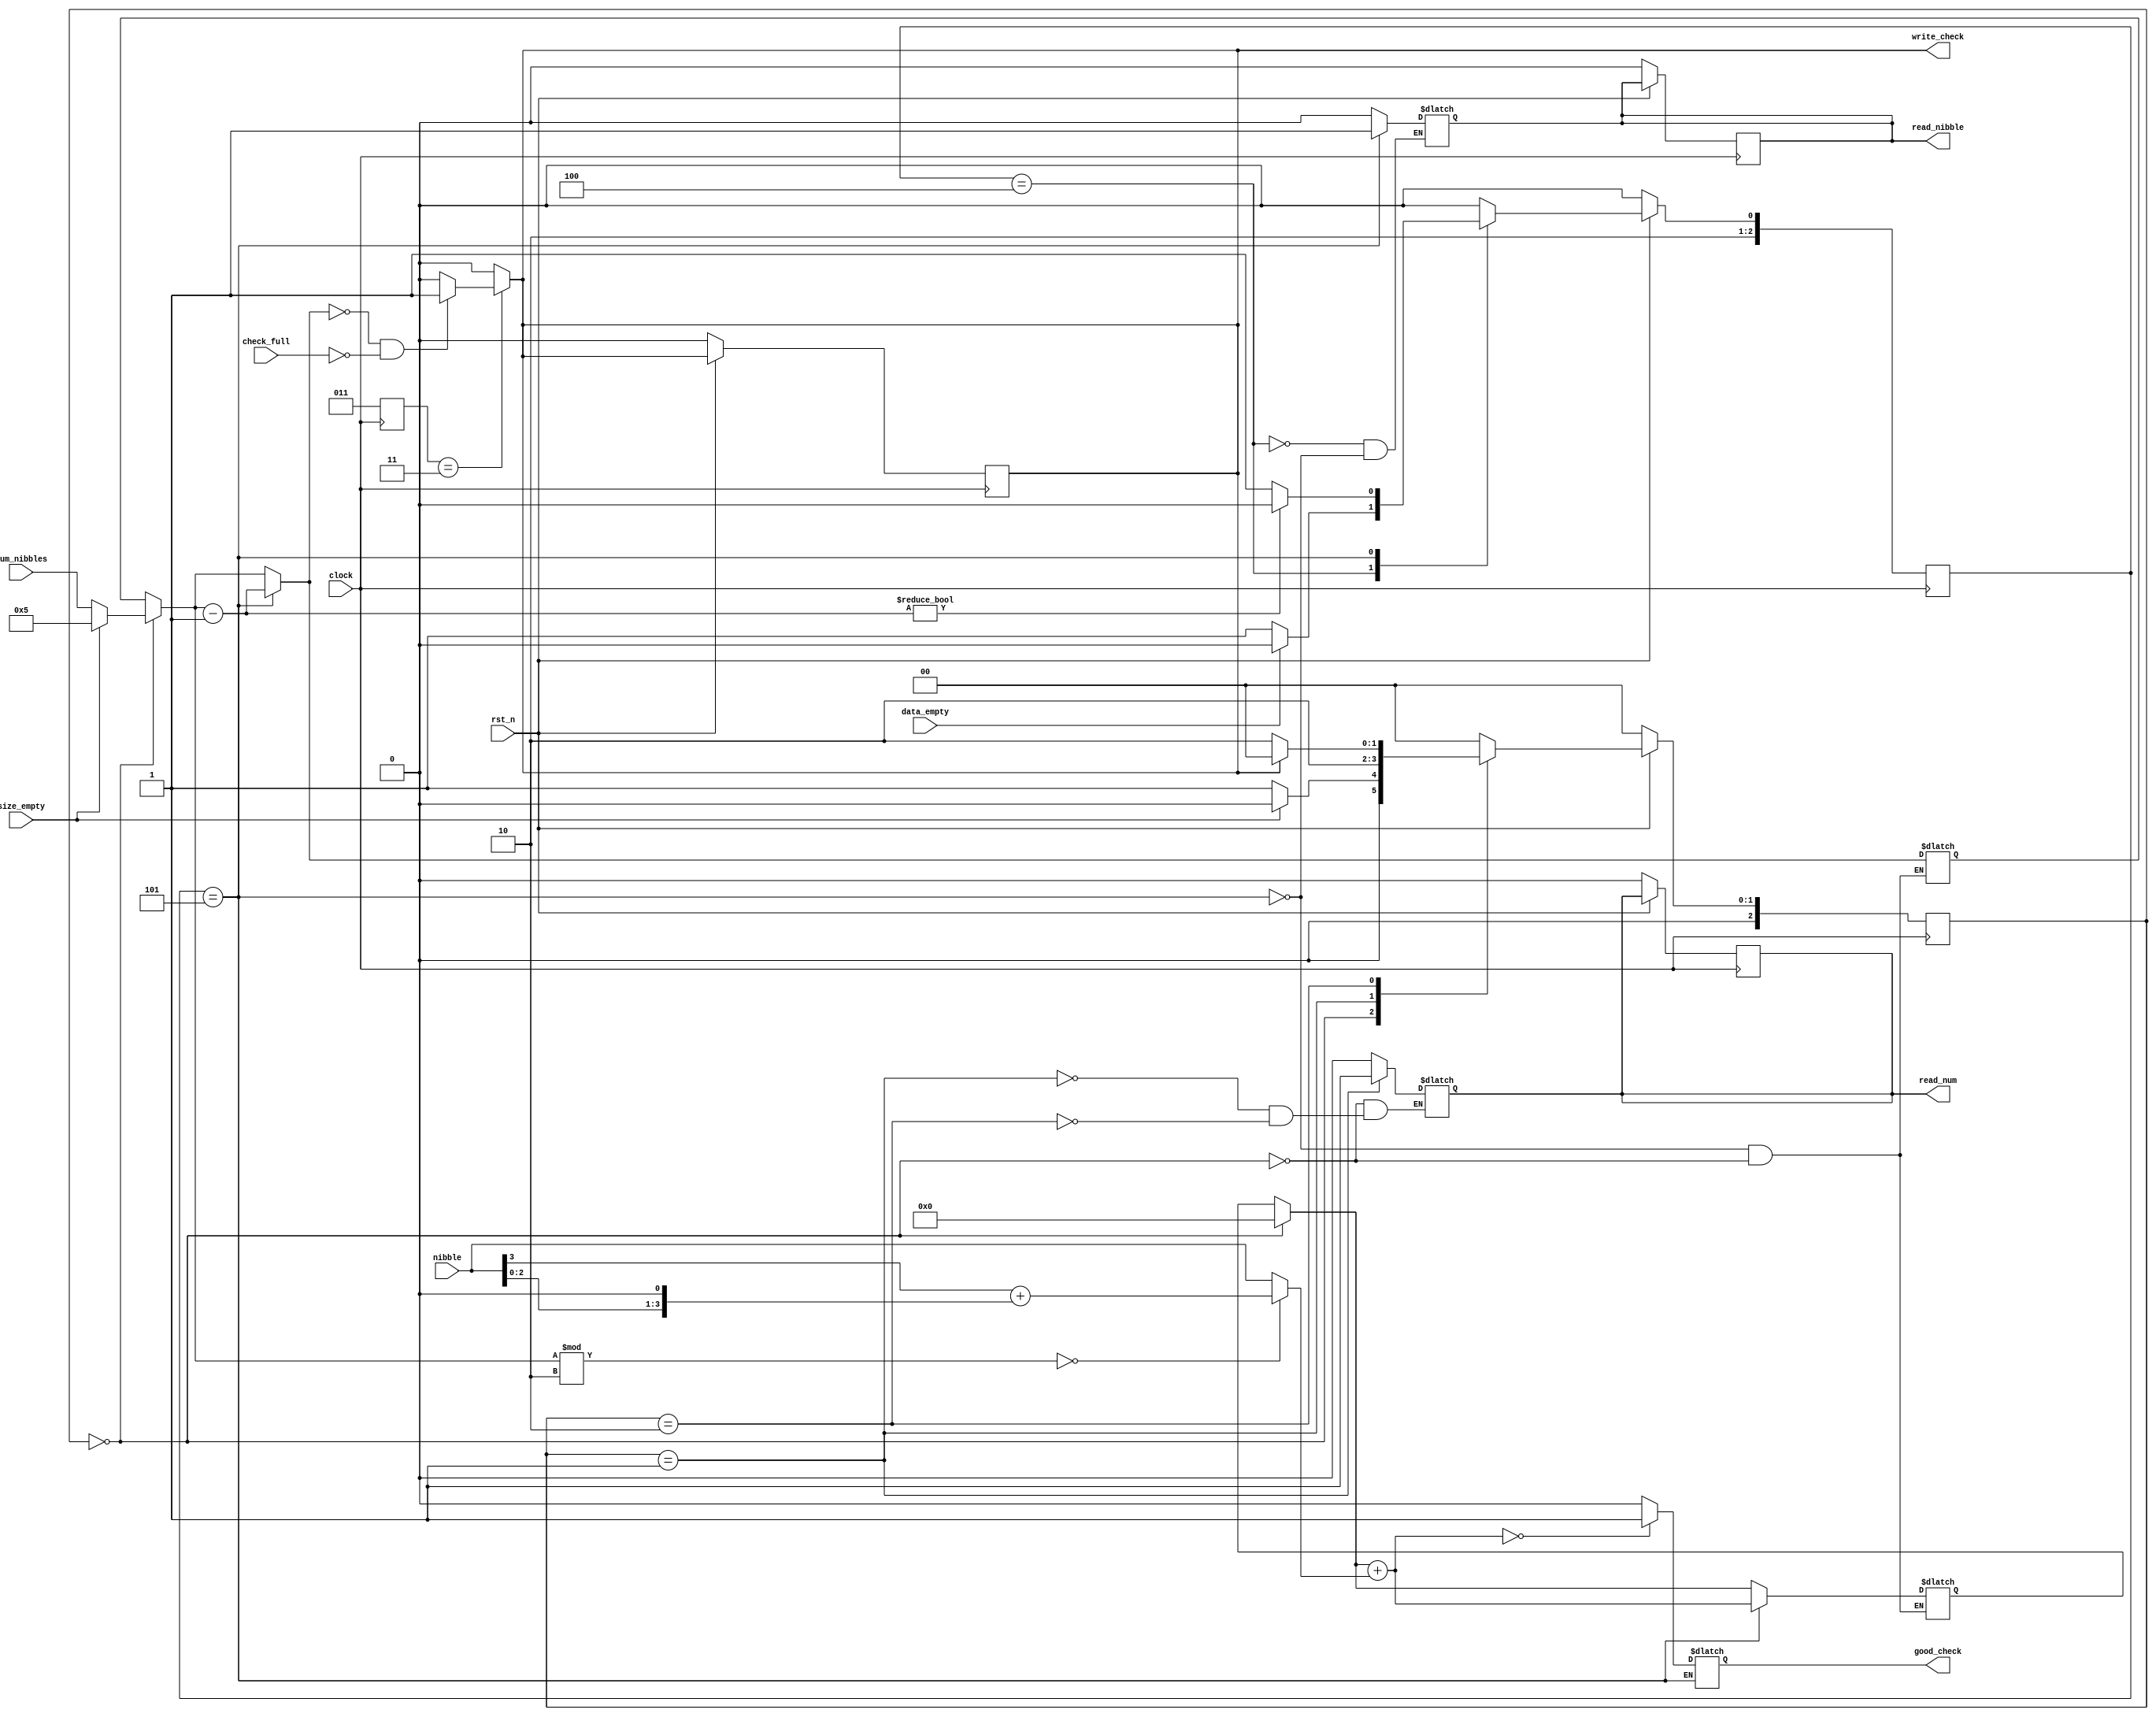
module highluhnmod16(
	input clock, rst_n,
	//clk and reset
	
	input size_empty,
	output reg read_num,
	input [7:0] num_nibbles,
	//input header for size
	
	input data_empty,
	output reg read_nibble,
	input [3:0] nibble,
	//input header for data
	
	output reg write_check,
	input check_full,
	output reg good_check
	//input header for data
);

localparam IF_EMPTY_SIZE = 0; //state localparams
localparam READ_INTO_REG_SIZE = 1;
localparam CHECK_STEP_SIZE = 2;
localparam WRITE_STEP = 3;
localparam IF_EMPTY_DATA = 4;
localparam READ_INTO_REG_DATA = 5;
localparam CHECK_STEP_DATA = 6;

reg [2:0] cstate_size,cstate_data,cstate_check,nstate_size,nstate_data,nstate_check; //reg for current and next state
reg [4:0] nibreg; // reg for storing nibble value
reg [7:0] nibsize; // reg for storing nib size
reg [3:0] accum; // reg for accumulator

always @ (posedge clock) //this always block checks for the reset of the state machine at each clock cycle
	begin
	if(!rst_n)
		begin
		cstate_size = IF_EMPTY_SIZE; //I have the state running on the same clock in order to reduce time
		cstate_data = IF_EMPTY_DATA;
		cstate_check = WRITE_STEP;
		
		//this has the output signals to 0
		read_num = 0;
		read_nibble = 0;
		write_check = 0;
		end
	else
		begin
		cstate_size = nstate_size;
		cstate_data = nstate_data;
		cstate_check = nstate_check;
	end
	end
	
always @ (*)
	begin
	//this is the state machine for getting a size
	case(cstate_size)
		IF_EMPTY_SIZE:
		begin
		nibreg = 0;//this resets the registers to 0 before calculations are done on the next size
		nibsize = 5;
		accum = 0;
		
		write_check = 0;//this hard sets write to 0 because this is a new message size
		
		if(!(size_empty == 0)) //checks to see if size is empty
			begin
			read_num = 0;
			nstate_size = IF_EMPTY_SIZE;
			end
		else
			begin
			read_num = 0;
			nibsize = num_nibbles;
			nstate_size = READ_INTO_REG_SIZE;
			end
		end
		
		READ_INTO_REG_SIZE: //reads the size into a register
		begin
		read_num = 1;
		nstate_size = CHECK_STEP_SIZE;
		end
		
		CHECK_STEP_SIZE:
		begin
		read_num = 0;
		if(write_check == 1)
			begin
			nstate_size = IF_EMPTY_SIZE;
			read_num = 0;
			end
		else
			begin
			nstate_size = CHECK_STEP_SIZE;
			read_num = 0;
			end
		end
		
		default:
		begin
		nstate_size = IF_EMPTY_SIZE;
		end
	endcase
	
	//this is a state machine for getting a nibble
	case(cstate_data)
		IF_EMPTY_DATA:
		begin
		if(data_empty == 0)
			begin
			read_nibble = 0;
			nstate_data = READ_INTO_REG_DATA;
			end
		else
			begin
			read_nibble = 0;
			nstate_data = IF_EMPTY_DATA;
			end
		end
		
		READ_INTO_REG_DATA:
		begin
		read_nibble = 1;
		nibreg = nibble;
		
		if(nibsize % 2 == 0)//even size remaining branch
		begin
		nibreg = nibreg << 1;
		nibreg = nibreg[4] + nibreg[3:0];
		end	
		else
		begin
		nibreg = nibreg;
		end
	
		accum = accum + nibreg;
		if(accum == 0)
		good_check = 1;
		else
		good_check = 0;
		
		nibsize = nibsize - 1;
		if(nibsize != 0)
			begin
			nstate_data = IF_EMPTY_DATA;
			end
		else
			nstate_data = READ_INTO_REG_DATA;
		end
		
		default:
		begin
		nstate_data = IF_EMPTY_DATA;
		end
	endcase
	
	//this is a state machine for writing to the fifo
	case(cstate_check)
		WRITE_STEP:
		begin
		if((nibsize == 0) && (check_full==0))
			begin
			write_check = 1;
			nstate_check = WRITE_STEP;
			end
		else
			begin
			write_check = 0;
			nstate_check = WRITE_STEP;
			end
		end
		
		default:
		begin
			write_check = 0;
			nstate_check = WRITE_STEP;
		end
	endcase
	end
endmodule